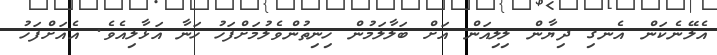
އެލޭނެކަން އެނގި ދިޔާން ލިލިއަން އަށް ބަލާލަމުން ހިނިތުންވެލުމަށްފަހު ހަނާ އަޅާލިއެވެ. އެއަށްފަހު